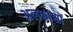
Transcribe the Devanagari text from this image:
अलफांसों